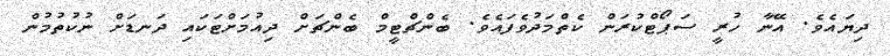
ދިޔައެވެ. އޭނާ ހުރީ ސަޕޯޓްކުރަން ކެތްމަދުވެފައެވެ. ބެންޗްޓީމް ބެންޗަށް ދިއުމަށްޓަކައި ދަނޑަށް ނުކުތުމުން